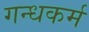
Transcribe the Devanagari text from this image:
गन्धकर्म